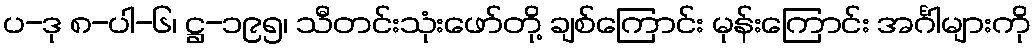
ပ-ဒု ၈-ပါ-၆၊ ဋ္ဌ-၁၉၅၊ သီတင်းသုံးဖော်တို့ ချစ်ကြောင်း မုန်းကြောင်း အင်္ဂါများကို